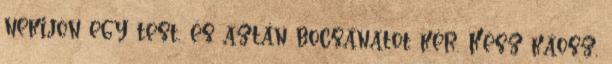
nekijön egy test, és aztán bocsánatot kér. Kész káosz,